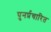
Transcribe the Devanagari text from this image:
पुनर्प्रचारित